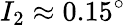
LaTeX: I_{2}\approx 0.15^{\circ}